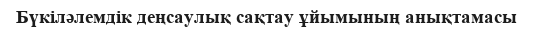
Бүкіләлемдік деңсаулық сақтау ұйымының анықтамасы